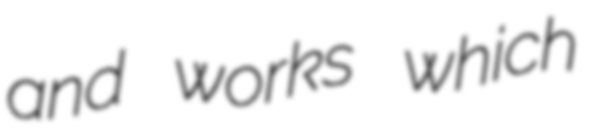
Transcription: and works which